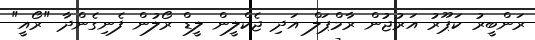
ރަންބީރު ކަޕޫރު އަރުޖުން ރާމްޕަލް އަދި ޖެކްލީން ލީޑް ރޯލުން ފެނިގެންދާ "ރޯއީ"